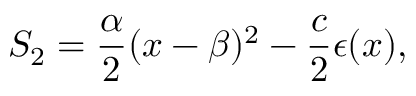
S _ { 2 } = \frac { \alpha } { 2 } ( x - \beta ) ^ { 2 } - \frac { c } { 2 } \epsilon ( x ) ,